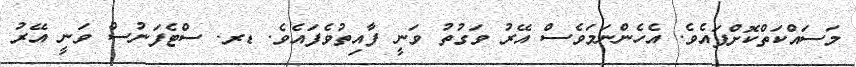
މަސައްކަތްކޮށްފައެވެ. އެހެންނަމަވެސް އޭރު ވަގުތު ވަނީ ފާއިތުވެފައެވެ. ޑރ. ސްޓެފަނުސް ވަނީ އޭރު